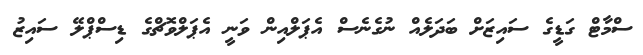
ސްމާޓް ގަޑީގެ ސައިޒަށް ބަދަަލެއްް ނުގެނެސް އެޕަލްއިން ވަނީ އެޕަލްވޮޗްގެ ޑިސްޕްލޭ ސައިޒު